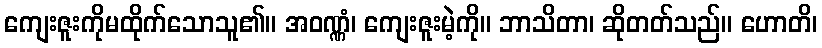
ကျေးဇူးကိုမထိုက်သောသူ၏။ အဝဏ္ဏံ၊ ကျေးဇူးမဲ့ကို။ ဘာသိတာ၊ ဆိုတတ်သည်။ ဟောတိ၊